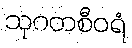
သုဂတစီဝရံ